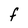
Character: F